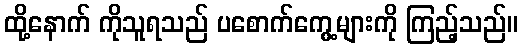
ထို့နောက် ကိုသူရသည် ပစောက်ကွေ့များကို ကြည့်သည်။